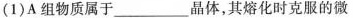
(1)A组物质属于___晶体，其熔化时克服的微